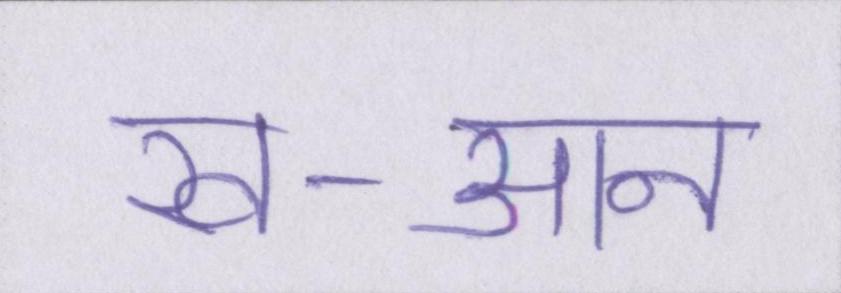
ख-आन